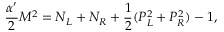
\frac { \alpha ^ { \prime } } { 2 } M ^ { 2 } = N _ { L } + N _ { R } + \frac { 1 } { 2 } ( { \cal P } _ { L } ^ { 2 } + { \cal P } _ { R } ^ { 2 } ) - 1 ,